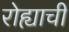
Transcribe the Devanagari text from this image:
रोह्याची